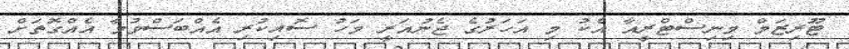
ޓޫރިޒަމް މިނިސްޓްރީއާ އެކު މި އަހަރުގެ ޖެނުއަރީ މަހު ސޮއިކުރި އެއްބަސްވުމާ އެއްގޮތަށް